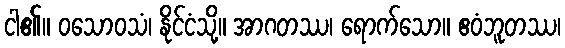
ငါ၏။ ဝသောဝသံ၊ နိုင်ငံသို့။ အာဂတဿ၊ ရောက်သော။ ဧဝံဘူတဿ၊